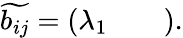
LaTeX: \widetilde{b_{ij}}=\left(\begin{array}{lll}{\lambda_{1}}&{}&{}\end{array}\right).